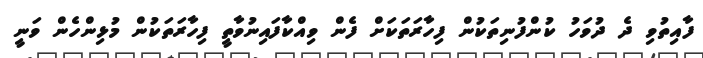
ފާއިތުވި ދެ ދުވަހު ކުންފުނިތަކުން ފިހާރަތަކަށް ފެން ވިއްކާފައިނުވާތީ ފިހާރަތަކުން މުޅިންހެން ވަނީ